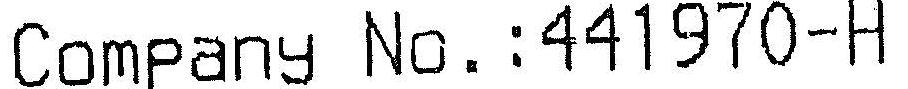
COMPANY NO.:441970-H